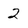
Character: 2